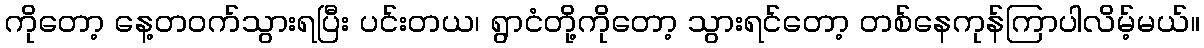
ကိုတော့ နေ့တဝက်သွားရပြီး ပင်းတယ၊ ရွာငံတို့ကိုတော့ သွားရင်တော့ တစ်နေကုန်ကြာပါလိမ့်မယ်။